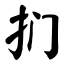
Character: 扪